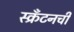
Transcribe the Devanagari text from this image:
स्क्रँटनची